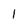
Character: I